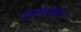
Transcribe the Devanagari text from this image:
संस्कृताहून